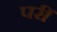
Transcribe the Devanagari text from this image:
परीं